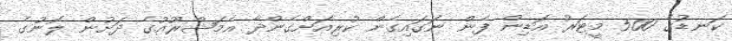
ކަނޑުގެ 500 މީޓަރު އަޑިން ފެން ނަގައިގެން ކުރިއަށްގެންދާ އެމަޝްރޫއުގެ ދަށުން ލޮނުގެ